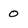
Character: 0